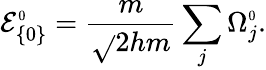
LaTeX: \mathcal{E}_{\{ 0\} }^{\scriptscriptstyle0}=\frac{{m}}{{\sqrt{}{{2hm}}}}\sum_{j}\Omega_{j}^{\scriptscriptstyle0}.